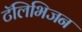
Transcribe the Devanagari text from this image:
टॅलिभिजन